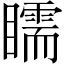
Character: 𥌎